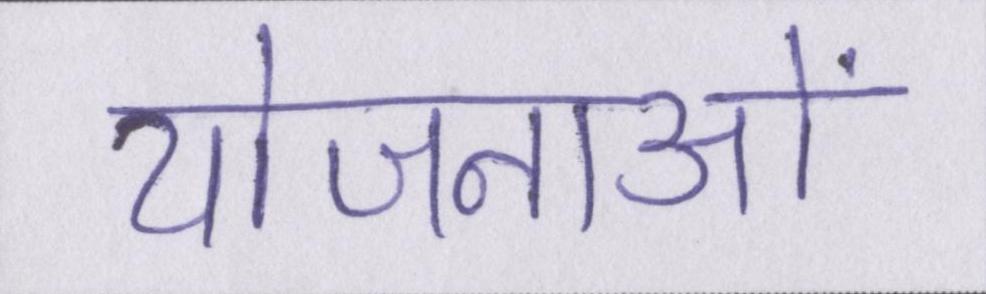
योजनाओं